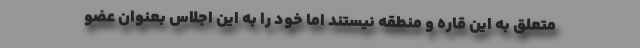
متعلق به این قاره و منطقه نیستند اما خود را به این اجلاس بعنوان عضو